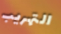
التهريب